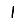
Digit: 1